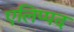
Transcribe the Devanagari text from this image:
एलिप्पद